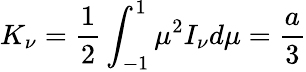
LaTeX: K_{\nu}={\frac{1}{2}}\int_{-1}^{1}\mu^{2}I_{\nu}d\mu={\frac{a}{3}}